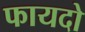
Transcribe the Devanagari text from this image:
फायदो